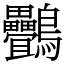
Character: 䴑